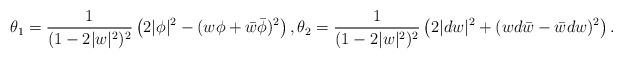
\begin{align*}\theta_1 = \frac{1}{(1-2|w|^2)^2}\left(2|\phi|^2 -(w\phi+\bar w\bar\phi)^2\right),\theta_2 = \frac{1}{(1-2|w|^2)^2}\left(2|dw|^2+ (wd\bar w-\bar w dw)^2\right).\end{align*}